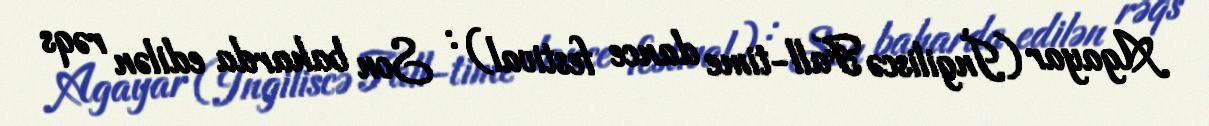
Agayar (İngiliscə Fall-time dance festival) : Son baharda edilən rəqs